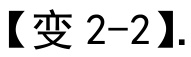
【变 2-2】.